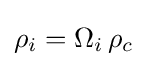
\rho _{i}=\Omega _{i}\,\rho _{c}